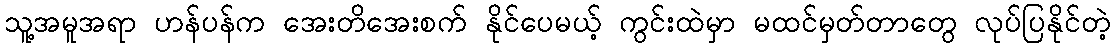
သူ့အမူအရာ ဟန်ပန်က အေးတိအေးစက် နိုင်ပေမယ့် ကွင်းထဲမှာ မထင်မှတ်တာတွေ လုပ်ပြနိုင်တဲ့